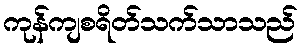
ကုန်ကျစရိတ်သက်သာသည်